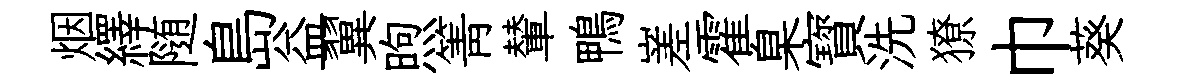
烟繹随島益翼煦箐輦鴨嵳霍臬寳洗獠巾葵